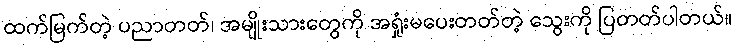
ထက်မြက်တဲ့ ပညာတတ်၊ အမျိုးသားတွေကို အရှုံးမပေးတတ်တဲ့ သွေးကို ပြတတ်ပါတယ်။